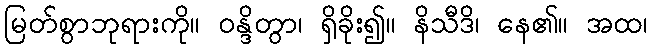
မြတ်စွာဘုရားကို။ ဝန္ဒိတွာ၊ ရှိခိုး၍။ နိသီဒိ၊ နေ၏။ အထ၊